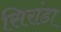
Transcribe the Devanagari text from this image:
सिरांडा